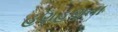
હણહણતા